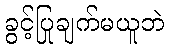
ခွင့်ပြုချက်မယူဘဲ